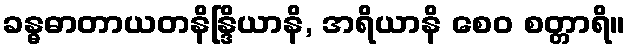
ခန္ဓဓာတာယတနိန္ဒြိယာနိ, အရိယာနိ စေဝ စတ္တာရိ။